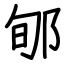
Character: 郇